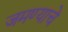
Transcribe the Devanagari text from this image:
जमण्याचे